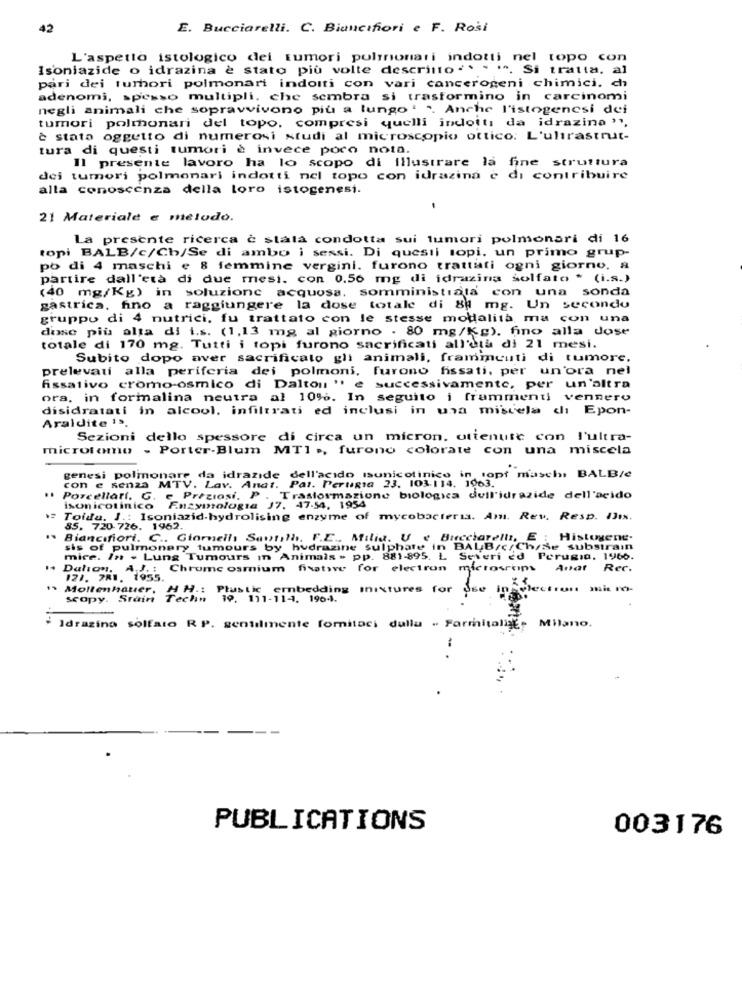
42
E. Bucciarelli. C. Biancifiori e F. Rosi
L'aspetto istologico dei tumori polmonari indotti nel topo con
Isoniazide o idrazina è stato più volte descritto "* " ". Si tratta, al
pari dei tumori polmonari indoiti con vari cancerogeni chimici. chi
adenomi, spesso multipli, che sembra si trasformino in carcinomi
negli animali che sopravvivono più a lungo ' ". Anche l'istogencsi dei
tumori polmonari del topo, compresi quelli indotti da idrazina",
è stata oggetto di numerosi studi al microscopio ottico: L'ultrastrut-
tura di questi tumori è invece poco nota.
Il presente lavoro ha lo scopo di Illustrare la fine struttura
dei tumori polmonari indotti nel topo con idrazina e di contribuire
alla conoscenza della loro istogenesi.
21 Materiale e melodo.
La presente ricerca è stata condotta sui tumori polmonari di 16
topi BALB/c/Ch/Se di ambo i sessi. Di questi topi. un primo grup-
po di 4 maschi e 8 femmine vergini. furono trattati ogni giorno. a
partire dall'età di due mesi. con 0.56 mg di idrazing solfato * (i.s.)
(40 mg/Kg) in soluzione acquosa, somministrata con una sonda
gastrica, fino a raggiungere la dose totale di 84 mg. Un secondo
gruppo di 4 nutrici, fu trattato con le stesse modalità ma con una
dose più alta di i.s. (1,13 mg al giorno . 80 mg/Kg), fino alla dose
totale di 170 mg. Tutti i topi furono sacrificati all'età di 21 mesi.
Subito dopo aver sacrificato gli animali, frammenti di tumore.
prelevati alla periferia dei polmoni, furono fissati, per un'ora nel
fissativo cromo-osmico di Dalton " e successivamente, per un'altra
ora, in formalina neutra al 10%. In seguito i frammenti vennero
disidratati in alcool, infiltrati ed inclusi in una miscela di Epon-
Araldite 15.
Sezioni dello spessore di circa un micron, ottenute con l'ultra-
microtomu - Porter-Blum MTI ., furono colorate con una miscela
genesi polmonare da idrazide dell'acido ssunicotinico in topf maschi BALBIe
Pat. Perugia 23. 103.114. 1063.
..
con e senza MTV. Lav. Andt.
Porcellarí. G. e Preziosi, P . Trasformazione biologica dell'idrazide dell'acido
isonicotinico
Enzymologia J7, 47-54. 1954
Toida. J .: Isoniazid-hydrolising enzyme of mycobacteria. Amı. Rev. Resp. Ilis.
85. 720 726. 1962.
" Biancifiori. C .. Giomell Sautilh. F.E .. Milia. U e Bucciarelli, E : Histogene.
sis of pulmonary tumours by hydrazine Sulphate in BALB/c/Ch/se substrain
mice. In . Lung Tumours In Animals > pp. 881-895. L. Severi ed Perugia. 1966.
Dalton. A.J. : Chrome osmium fisative for electron
microsrtim
Anat
Rec.
121. 781. 1955.
Mollenhauer.
H H .: Plustic embedding mixtures for
inselectron mit ro-
mit ro-
scopy. Stain
Techn 19. 111-11-4. 1964.
Idragina solfato R P. gentilmente foritaci dulla . Farmhitalife Milano.
.. .
PUBLICATIONS
003176